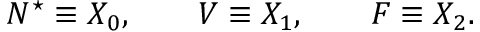
N ^ { \star } \equiv X _ { 0 } , \qquad V \equiv X _ { 1 } , \qquad F \equiv X _ { 2 } .